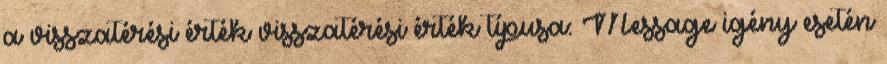
a visszatérési érték visszatérési érték típusa: Message igény esetén